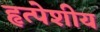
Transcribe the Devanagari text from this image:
हृत्पेशीय